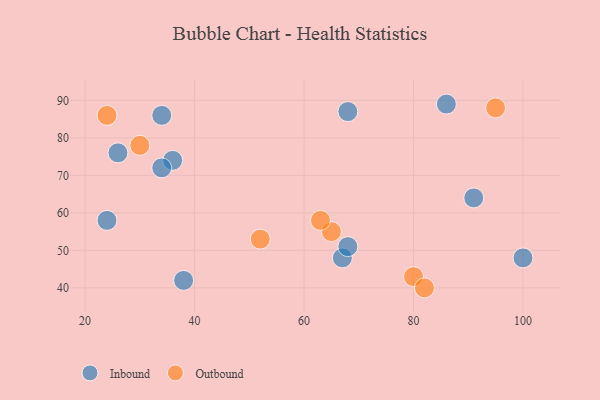
{"axis": {"x": "GDP", "y": "Life Expectancy"}, "legend": ["Inbound", "Outbound"], "data": [{"x": "67", "y": 48, "type": "Inbound"}, {"x": "86", "y": 89, "type": "Inbound"}, {"x": "36", "y": 74, "type": "Inbound"}, {"x": "100", "y": 48, "type": "Inbound"}, {"x": "34", "y": 86, "type": "Inbound"}, {"x": "91", "y": 64, "type": "Inbound"}, {"x": "68", "y": 51, "type": "Inbound"}, {"x": "24", "y": 58, "type": "Inbound"}, {"x": "26", "y": 76, "type": "Inbound"}, {"x": "34", "y": 72, "type": "Inbound"}, {"x": "38", "y": 42, "type": "Inbound"}, {"x": "68", "y": 87, "type": "Inbound"}, {"x": "95", "y": 88, "type": "Outbound"}, {"x": "65", "y": 55, "type": "Outbound"}, {"x": "80", "y": 43, "type": "Outbound"}, {"x": "63", "y": 58, "type": "Outbound"}, {"x": "82", "y": 40, "type": "Outbound"}, {"x": "52", "y": 53, "type": "Outbound"}, {"x": "24", "y": 86, "type": "Outbound"}, {"x": "30", "y": 78, "type": "Outbound"}]}